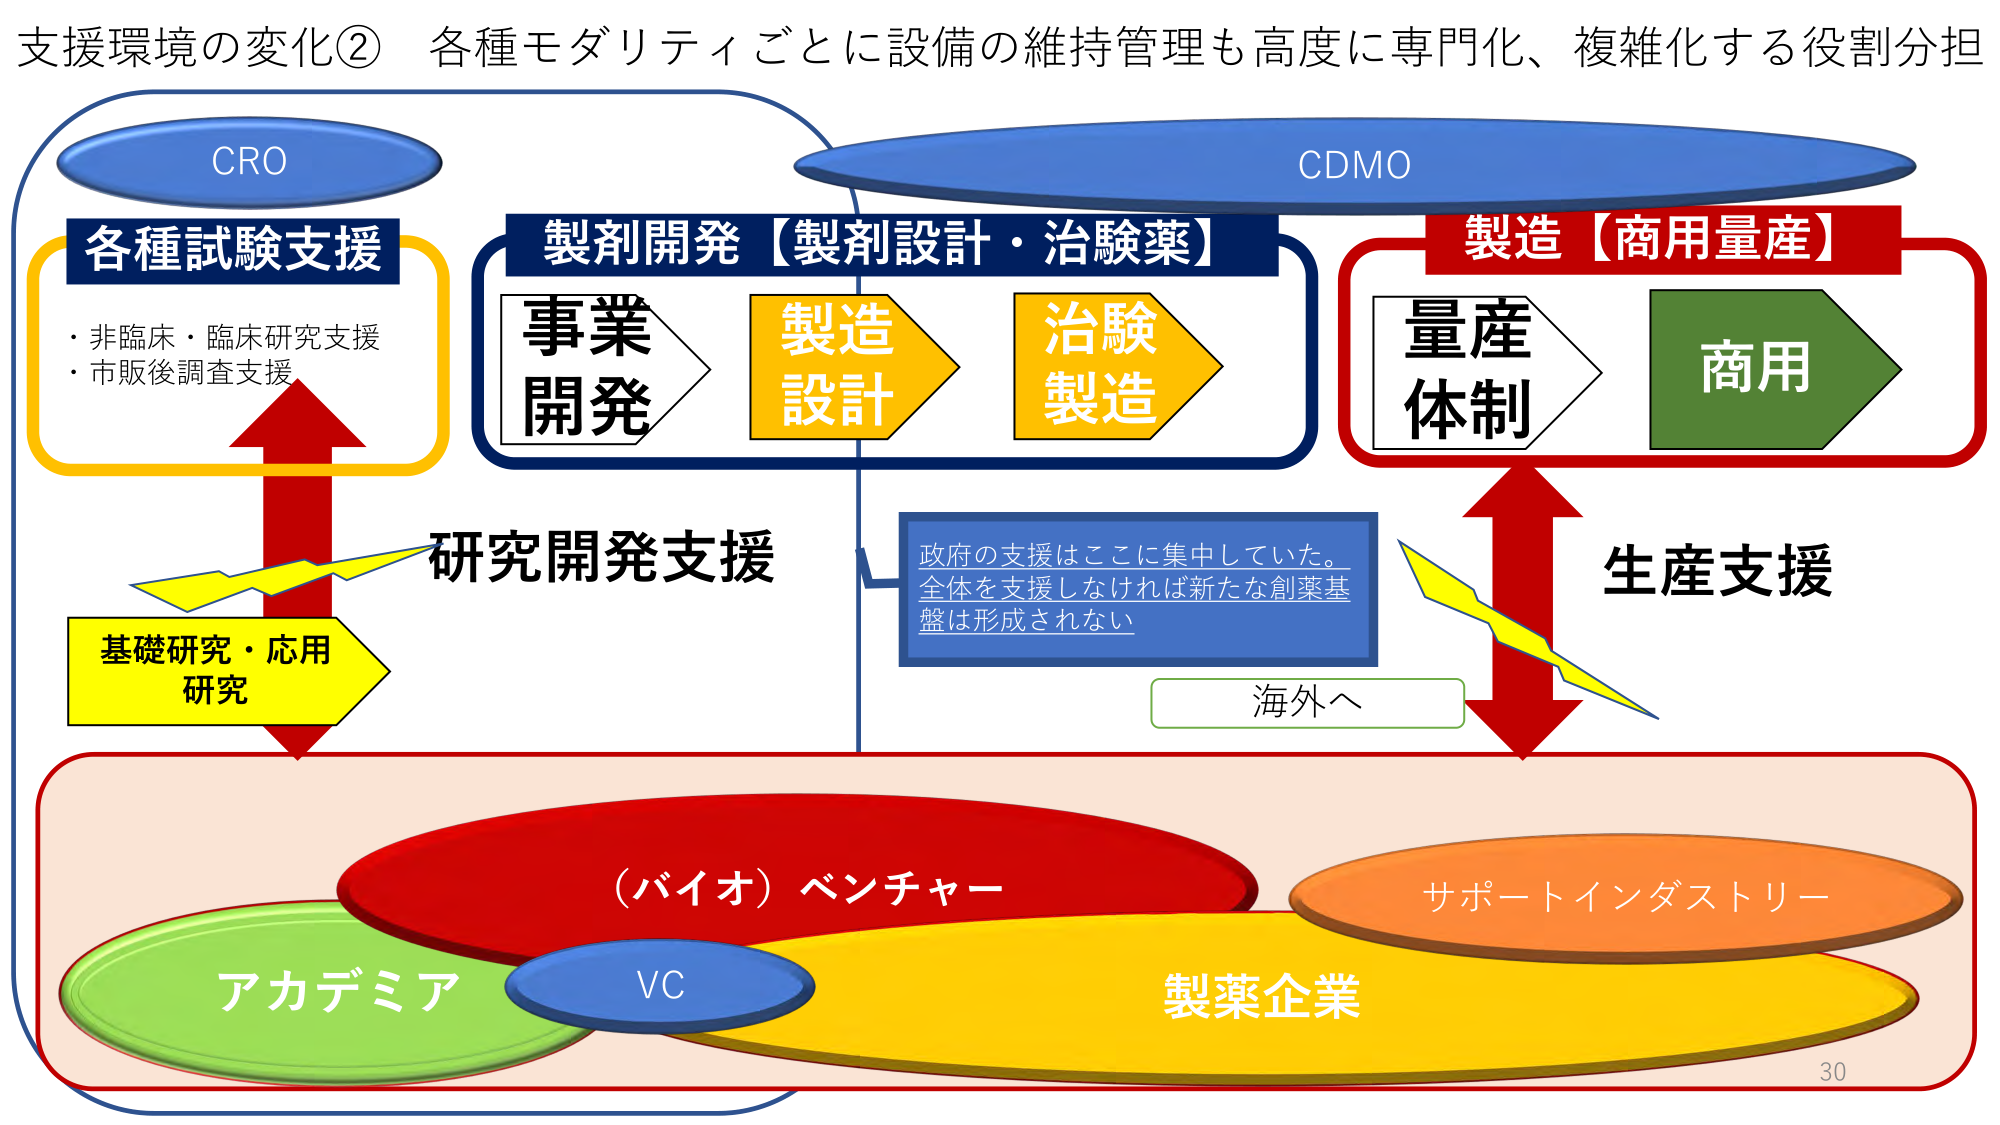
支援環境の変化② 各種モダリティごとに設備の維持管理も高度に専門化、複雑化する役割分担

CRO
各種試験支援
・非臨床・臨床研究支援
・市販後調査支援

製剤開発【製剤設計・治験薬】
事業開発
製造設計
治験製造

CDMO
製造【商用量産】
量産体制
商用

研究開発支援
基礎研究・応用研究

政府の支援はここに集中していた。
全体を支援しなければ新たな創薬基盤は形成されない

海外へ

生産支援

（バイオ）ベンチャー
VC
アカデミア
製薬企業
サポートインダストリー

30